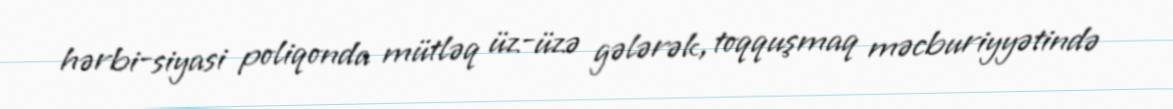
hərbi-siyasi poliqonda mütləq üz-üzə gələrək, toqquşmaq məcburiyyətində